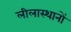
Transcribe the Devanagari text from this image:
लीलास्थानों